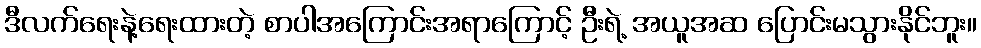
ဒီလက်ရေးနဲ့ရေးထားတဲ့ စာပါအကြောင်းအရာကြောင့် ဦးရဲ့ အယူအဆ ပြောင်းမသွားနိုင်ဘူး။